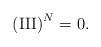
LaTeX: \begin{align*} \mathrm{(III)}^N=0.\end{align*}